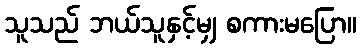
သူသည် ဘယ်သူနှင့်မျှ စကားမပြော။